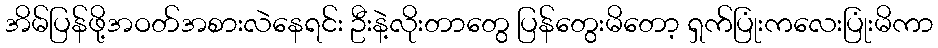
အိမ်ပြန်ဖို့အဝတ်အစားလဲနေရင်း ဦးနဲ့လိုးတာတွေ ပြန်တွေးမိတော့ ရှက်ပြုံးကလေးပြုံးမိကာ